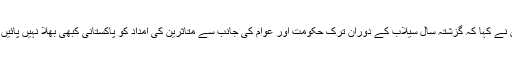
اُنہوں نے کہا کہ گزشتہ سال سیلاب کے دوران ترک حکومت اور عوام کی جانب سے متاثرین کی امداد کو پاکستانی کبھی بھلا نہیں پائیں گے۔